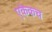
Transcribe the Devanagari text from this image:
एकेकच